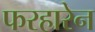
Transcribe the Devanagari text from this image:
फरहारेन